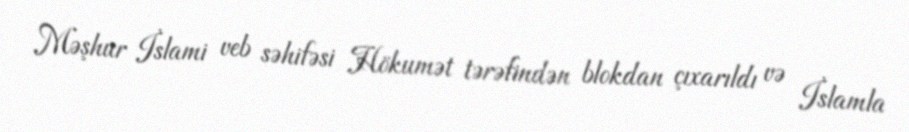
Məşhur İslami veb səhifəsi Hökumət tərəfindən blokdan çıxarıldı və İslamla